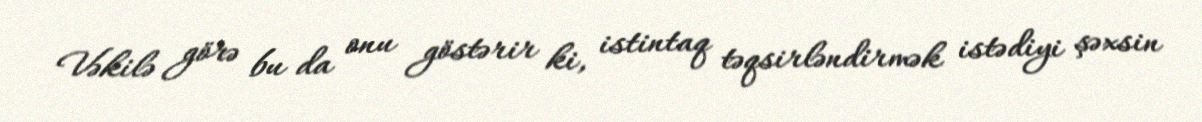
Vəkilə görə bu da onu göstərir ki, istintaq təqsirləndirmək istədiyi şəxsin